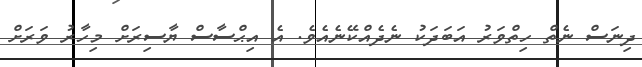
ދިނަސް ނެތް ހިތްވަރު އަބަދަކު ނެދެއްކޭނެއެވެ. އެ އިޙްސާސް ޔާސިރަށް މިހާރު ވަރަށް